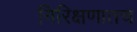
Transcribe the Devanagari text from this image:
निरिक्षणातच